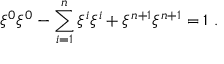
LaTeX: \xi ^ { 0 } \xi ^ { 0 } - \sum _ { i = 1 } ^ { n } \xi ^ { i } \xi ^ { i } + \xi ^ { n + 1 } \xi ^ { n + 1 } = 1 ~ .